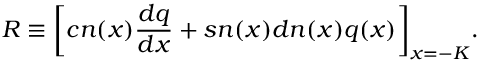
R \equiv \bigg [ c n ( x ) \frac { d q } { d x } + s n ( x ) d n ( x ) q ( x ) \bigg ] _ { x = - K } .